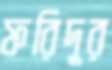
ফরিদুর